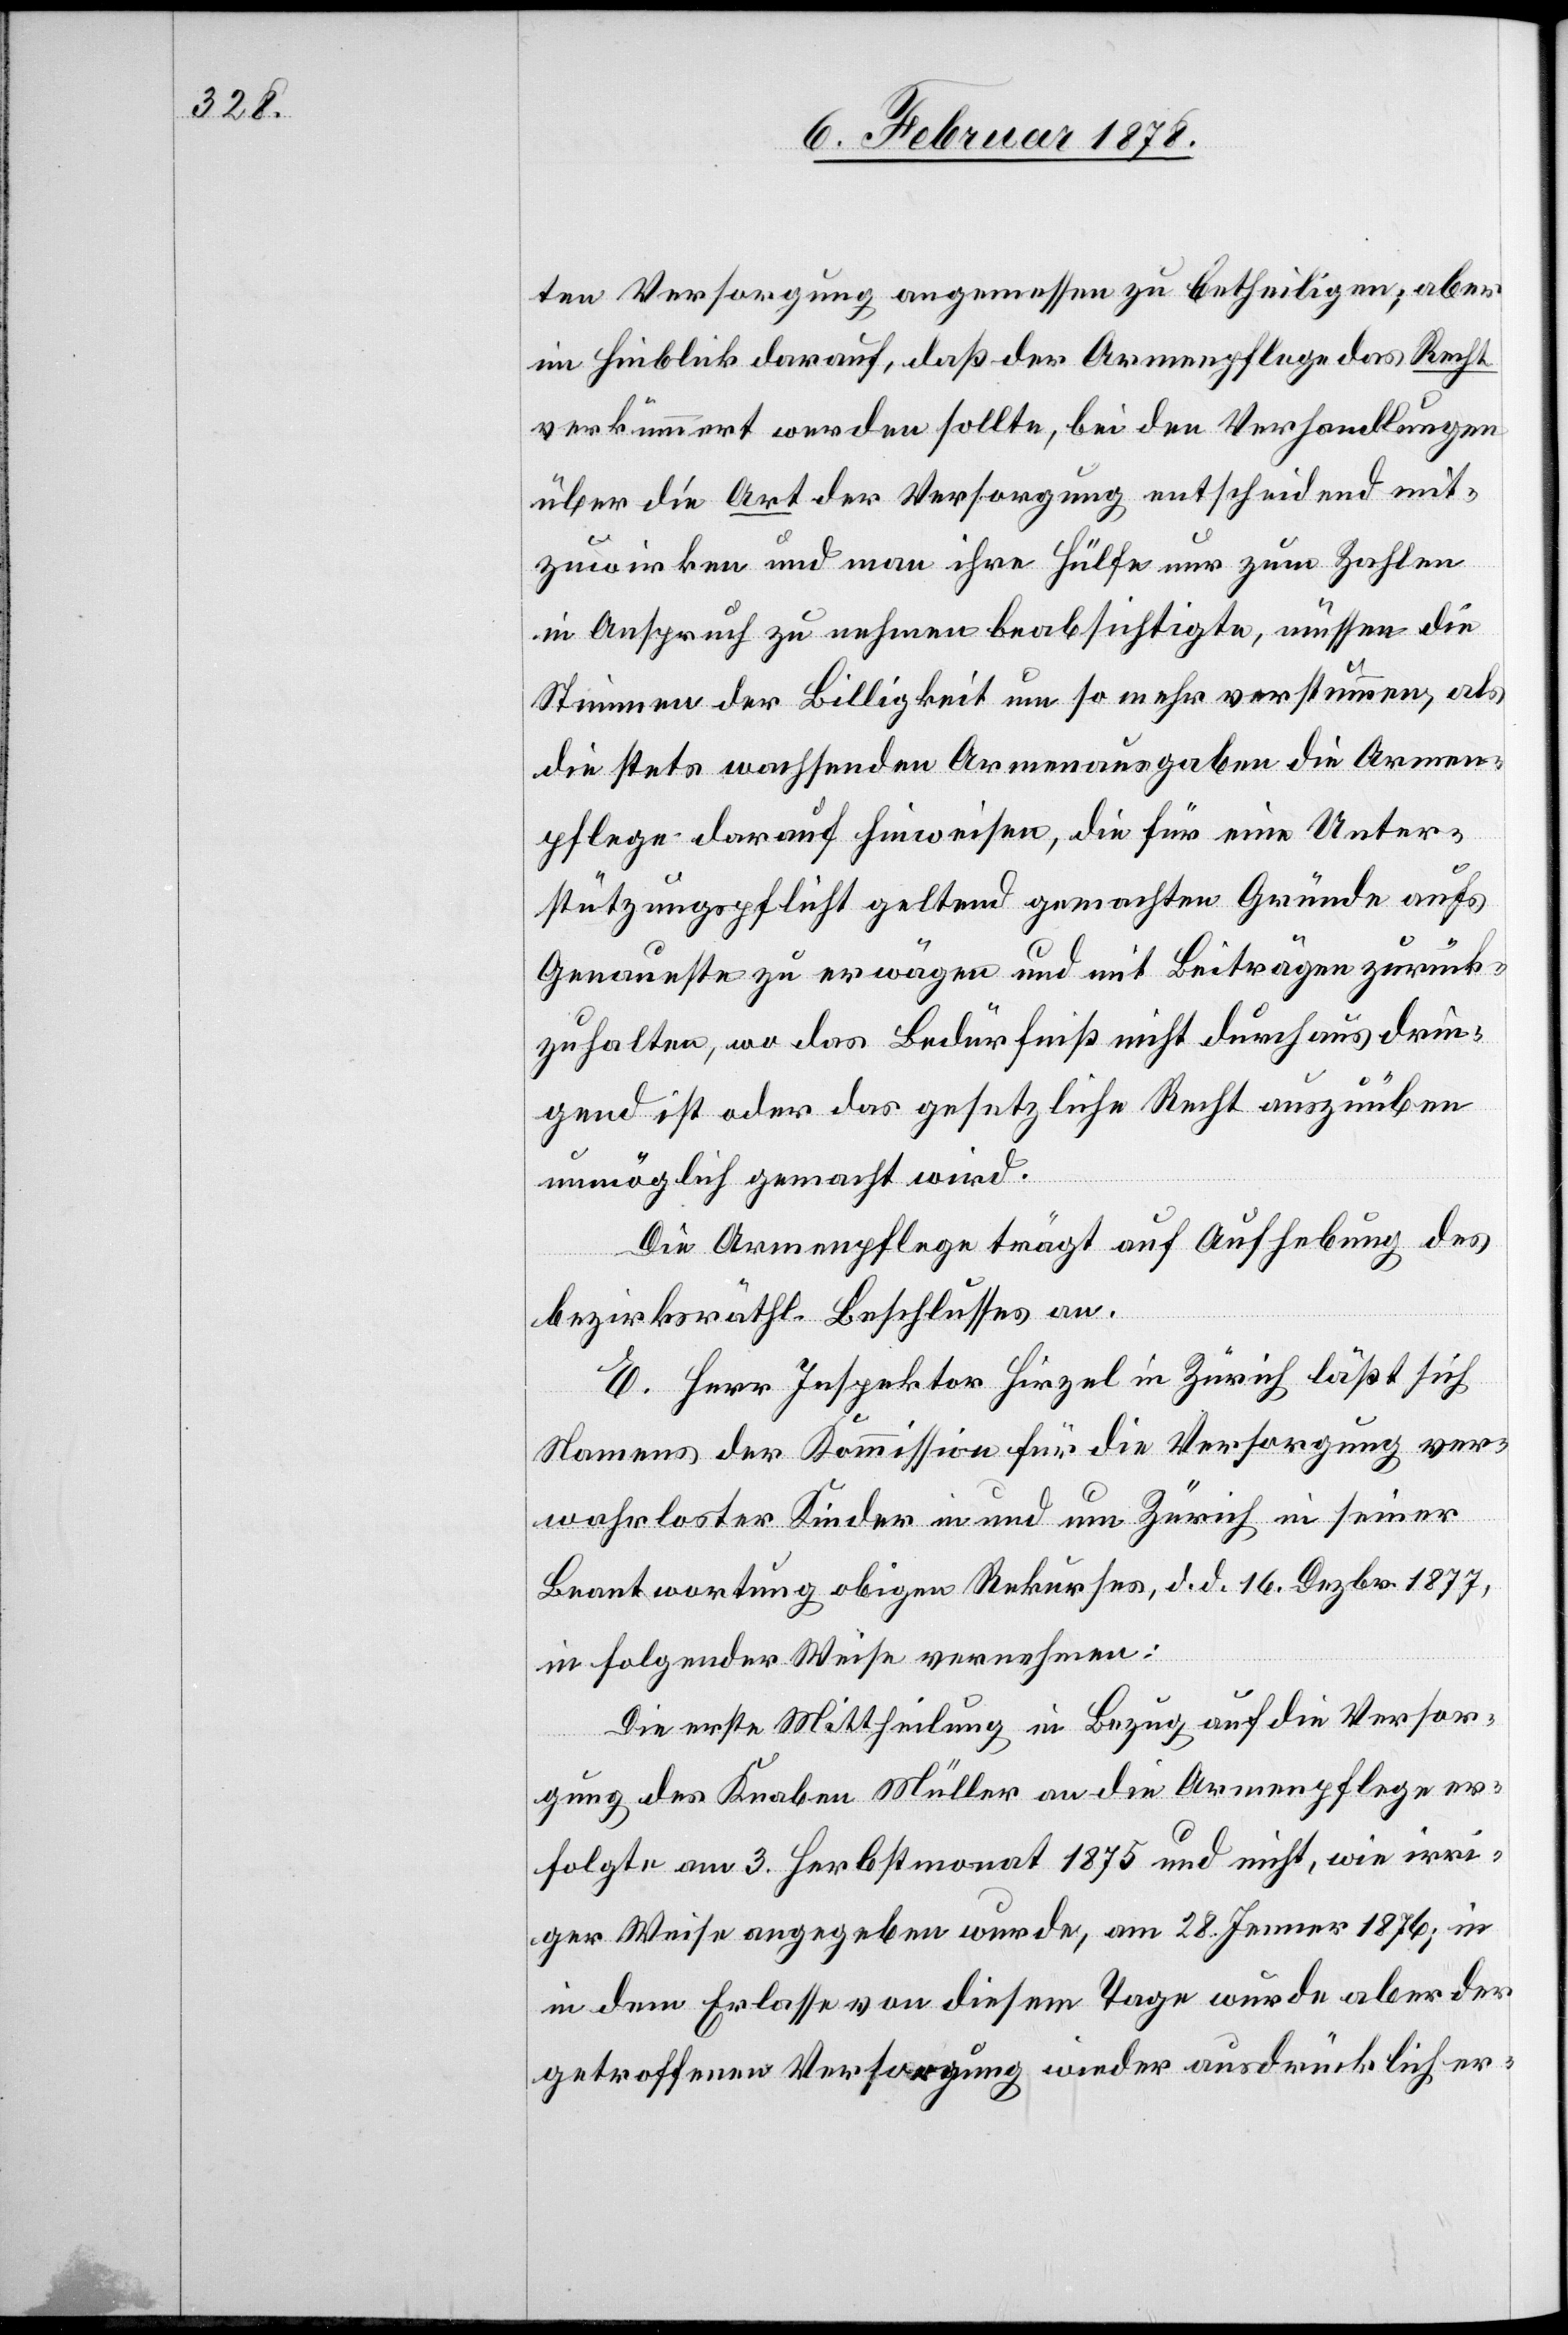
ten Versorgung angemessen zu betheiligen; aber
im Hinblick darauf, daß der Armenpflege das Recht
verkümmert werden sollte, bei den Verhandlungen
über die Art der Versorgung entscheidend mit¬
zuwirken und man ihre Hülfe nur zum Zahlen
in Anspruch zu nehmen beabsichtigte, müssen die
Stimmen der Billigkeit um so mehr verstummen, als
die stets wachsenden Armenausgaben die Armen¬
pflege darauf hinweise, die für eine Unter¬
stützungspflicht geltend gemachten Gründe aufs
Genaueste zu erwägen und mit Beiträgen zurück¬
zuhalten, wo das Bedürfniß nicht durchaus drin¬
gend ist oder das gesetzliche Recht auszuüben
unmöglich gemacht wird.
Die Armenpflege trägt auf Aufhebung des
bezirtksräthl. Beschlusses an.
E. Herr Inspektor Hirzel in Zürich läßt sich
Namens der Kommission für die Versorgung ver¬
wahrloster Kinder in und um Zürich in seiner
Beantwortung obigen Rekurses, d. d. 16. Dezbr. 1877,
in folgender Weise vernehmen:
Die erste Mittheilung in Bezug auf die Versor¬
gung des Knaben Müller an die Armenpflege er¬
folgte am 3. Herbstmonat 1875 und nicht, wie irri¬
ger Weise angegeben wurde, am 28. Jenner 1876; in
dem Erlasse von diesem Tage wurde aber der
getroffenen Versorgung wieder ausdrücklich er-